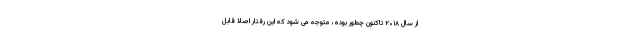
از سال ۲۰۱۸ تاکنون چطور بوده، متوجه می شود که این رفتار اصلا قابل